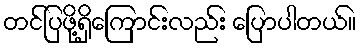
တင်ပြဖို့ရှိကြောင်းလည်း ပြောပါတယ်။